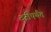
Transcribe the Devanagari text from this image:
दरीपर्यंत